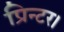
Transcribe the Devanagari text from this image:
प्रिन्टर।